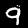
Label: 9